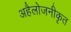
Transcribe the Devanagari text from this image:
अहैलोजनीकृत